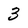
Character: 3